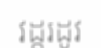
វដ្តរដូវ